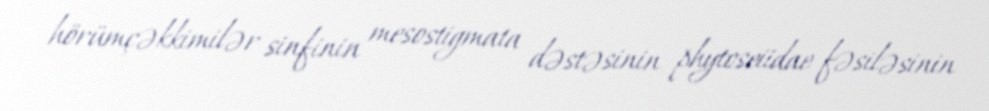
hörümçəkkimilər sinfinin mesostigmata dəstəsinin phytoseiidae fəsiləsinin